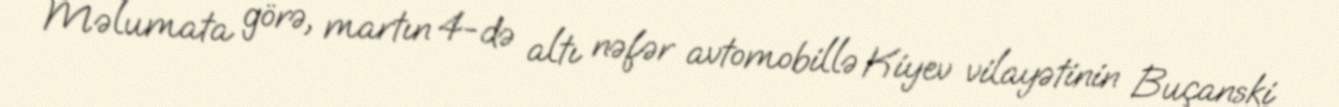
Məlumata görə, martın 4-də altı nəfər avtomobillə Kiyev vilayətinin Buçanski